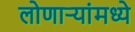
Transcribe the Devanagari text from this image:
लोणार्‍यांमध्ये